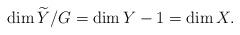
LaTeX: \begin{align*}\dim{\widetilde Y}/G=\dim Y-1=\dim X.\end{align*}